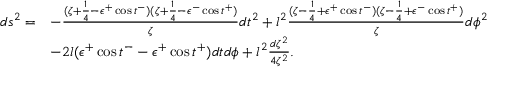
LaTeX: \begin{array} { l l } { { d s ^ { 2 } = } } & { { - \frac { ( \zeta + \frac { 1 } { 4 } - \epsilon ^ { + } \cos t ^ { - } ) ( \zeta + \frac { 1 } { 4 } - \epsilon ^ { - } \cos t ^ { + } ) } { \zeta } d t ^ { 2 } + l ^ { 2 } \frac { ( \zeta - \frac { 1 } { 4 } + \epsilon ^ { + } \cos t ^ { - } ) ( \zeta - \frac { 1 } { 4 } + \epsilon ^ { - } \cos t ^ { + } ) } { \zeta } d \phi ^ { 2 } } } \\ { { } } & { { - 2 l ( \epsilon ^ { + } \cos t ^ { - } - \epsilon ^ { + } \cos t ^ { + } ) d t d \phi + l ^ { 2 } \frac { d \zeta ^ { 2 } } { 4 \zeta ^ { 2 } } . } } \end{array}